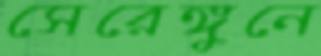
সেরেঙ্গুনে